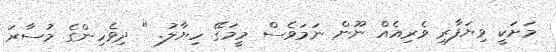
މަށަކީ ވިޔަފާރި ވެރިއެއް ނޫން ނަމަވެސް މީމަގޭ ހިޔާލު. " ދިވެހިންގެ މުސާރަ